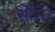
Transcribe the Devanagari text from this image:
रोसिउ